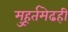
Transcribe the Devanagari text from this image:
मुहूर्तमेढही